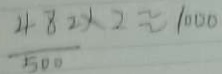
\frac { 4 8 2 } { 5 0 0 } \times 2 \approx 1 0 0 0